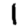
Digit: 1